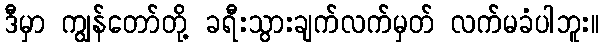
ဒီမှာ ကျွန်တော်တို့ ခရီးသွားချက်လက်မှတ် လက်မခံပါဘူး။